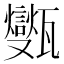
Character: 㽊